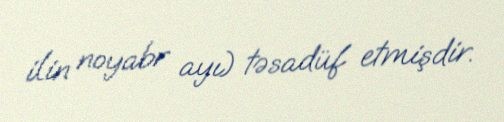
ilin noyabr ayı) təsadüf etmişdir.